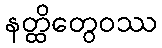
နတ္ထိတွေဝဿ